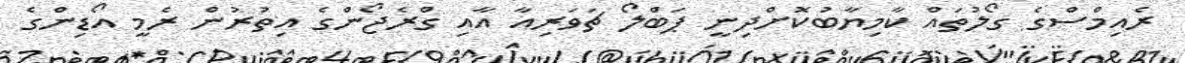
ރެއިމްސްގެ ގޯލުތައް ކާމިޔާބުކޮށްދިނީ ޕަބްލޯ ޗަވަރިއާ އާއި ގްރެޖޯންގެ އިތުރުން ރެމީ އޯޑިންގެ